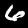
Label: 6